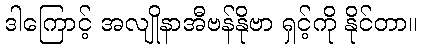
ဒါကြောင့် အလျိုနာအီဗန်နိုဗာ ရှင့်ကို နိုင်တာ။